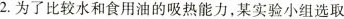
2.为了比较水和食用油的吸热能力，某实验小组选取